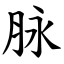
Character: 脉